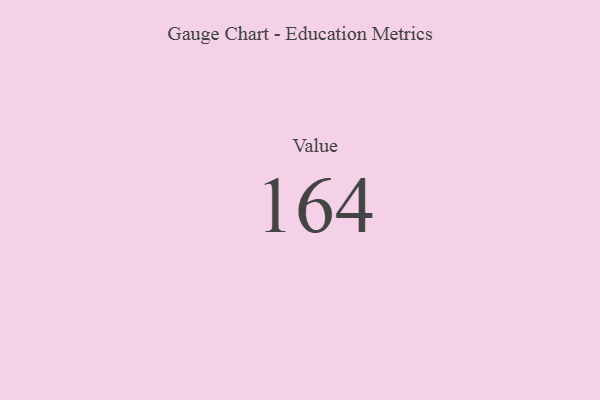
{"axis": {"x": "Metric", "y": "Value"}, "legend": [""], "data": [{"x": "Value", "y": 164, "type": ""}]}